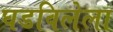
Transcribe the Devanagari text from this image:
घडविलेला